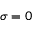
\sigma = 0